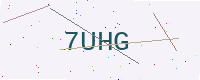
Text: 7UHG